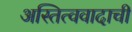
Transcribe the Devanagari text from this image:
अस्तित्ववादाची